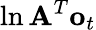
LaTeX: \ln\mathbf{A}^{T}\mathbf{o}_{t}